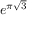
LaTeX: e ^ { \pi { \sqrt { 3 } } }